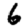
Digit: 6